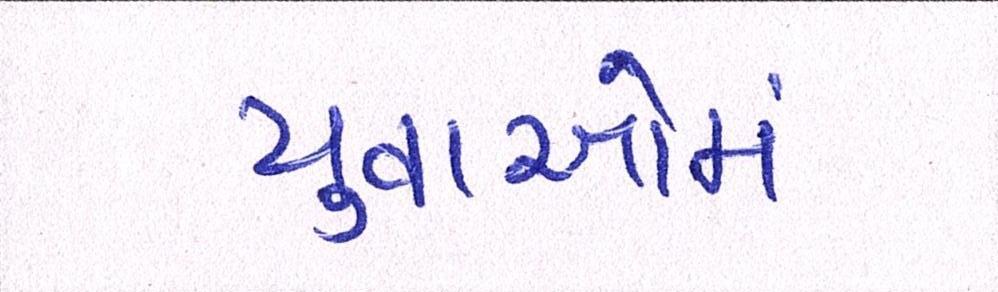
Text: યુવાઓમાં